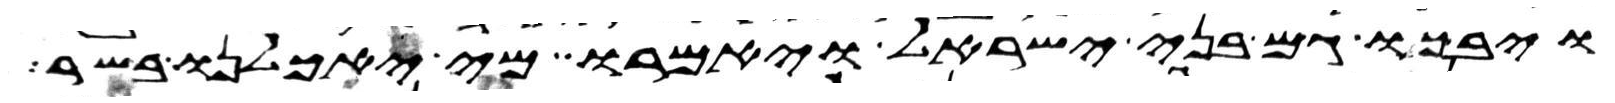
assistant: ויבכו גם בני ישראל ויאמרו מי יאכילנו בשר